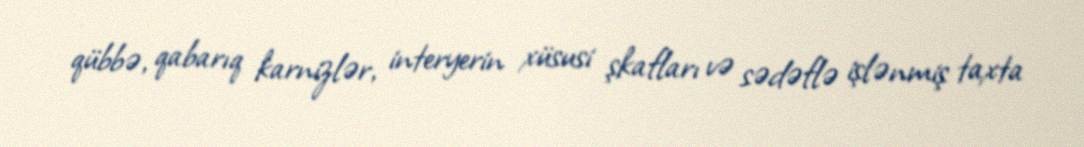
qübbə, qabarıq karnizlər, interyerin xüsusi şkafları və sədəflə işlənmiş taxta